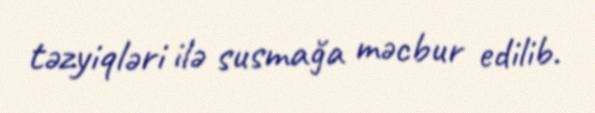
təzyiqləri ilə susmağa məcbur edilib.